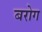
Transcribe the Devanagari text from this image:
बरोग